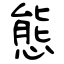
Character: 態